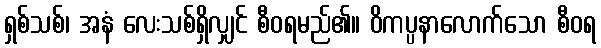
ရှစ်သစ်၊ အနံ လေးသစ်ရှိလျှင် စီဝရမည်၏။ ဝိကပ္ပနာလောက်သော စီဝရ